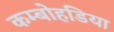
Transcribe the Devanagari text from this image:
कम्बोहडिया